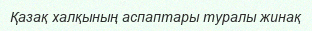
Қазақ халқының аспаптары туралы жинақ